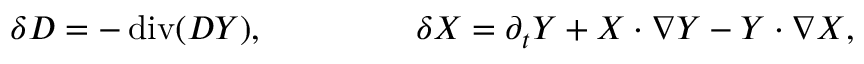
\delta D = - \operatorname { d i v } ( D \boldsymbol { \cal Y } ) , \qquad \qquad \ \delta \boldsymbol { \cal X } = \partial _ { t } \boldsymbol { \cal Y } + \boldsymbol { \cal X } \cdot \nabla \boldsymbol { \cal Y } - \boldsymbol { \cal Y } \cdot \nabla \boldsymbol { \cal X } ,